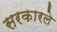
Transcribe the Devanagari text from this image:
सरकारले